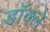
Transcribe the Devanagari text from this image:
डॉक्ले